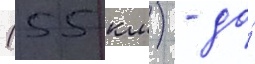
(55 км) - до́